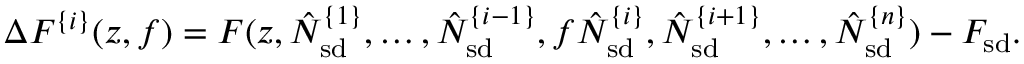
\Delta F ^ { \{ i \} } ( z , f ) = F ( z , \hat { N } _ { \mathrm { s d } } ^ { \{ 1 \} } , \ldots , \hat { N } _ { \mathrm { s d } } ^ { \{ i - 1 \} } , f \hat { N } _ { \mathrm { s d } } ^ { \{ i \} } , \hat { N } _ { \mathrm { s d } } ^ { \{ i + 1 \} } , \ldots , \hat { N } _ { \mathrm { s d } } ^ { \{ n \} } ) - F _ { \mathrm { s d } } .